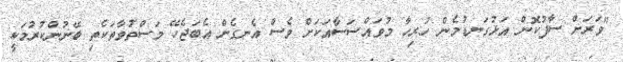
"ވަރަށް ސާފުކޮން އަޅުގަނޑުމެން ހުރިހާ މުވައްސަސާއަކަށް ވެސް އެނގެން އެބަޖެހޭ މަސްތުވާތަކެތި ބޭނުންކުރުމަކީ